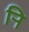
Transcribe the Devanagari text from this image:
र्‍ाि